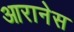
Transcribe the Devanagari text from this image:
आरानेस